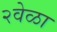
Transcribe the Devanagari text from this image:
२वेळा